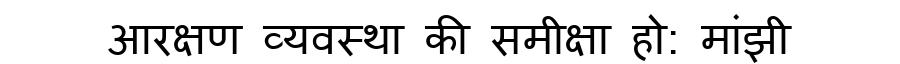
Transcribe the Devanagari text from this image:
आरक्षण व्यवस्था की समीक्षा हो: मांझी